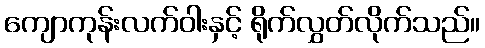
ကျောကုန်းလက်ဝါးနှင့် ရိုက်လွှတ်လိုက်သည်။